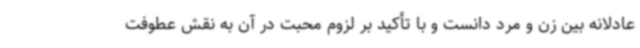
عادلانه بین زن و مرد دانست و با تأکید بر لزوم محبت در آن به نقش عطوفت